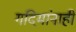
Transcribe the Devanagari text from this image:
गदिमांनाही